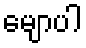
မျောပါ